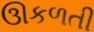
ઊકળતી